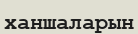
ханшаларын